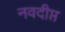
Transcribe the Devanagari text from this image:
नवदीप्त